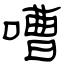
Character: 嘈